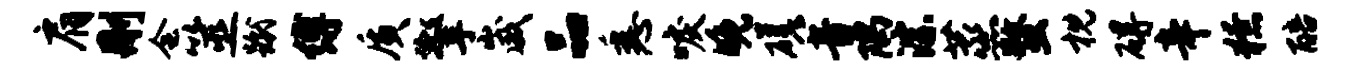
肩删会筮蹴缚质擎崴品悉唳晚磋音隅淙蒸蝥枕碍辛獠醅